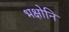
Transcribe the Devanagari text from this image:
भक्षोनि